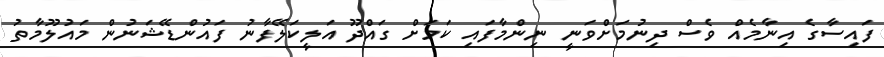
ފައިސާގެ އިނާމެއް ވެސް ދިނުމަށްވަނީ ނިންމާފައި ކަމަށް ގައްދޫ އަލީކަލޭފާނު ފައުންޑޭޝަނުން މައުލޫމާތު